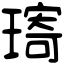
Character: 𤨥